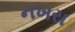
નખરા